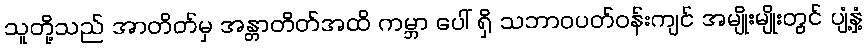
သူတို့သည် အာတိတ်မှ အန္တာတိတ်အထိ ကမ္ဘာ ပေါ် ရှိ သဘာဝပတ်ဝန်းကျင် အမျိုးမျိုးတွင် ပျံ့နှံ့